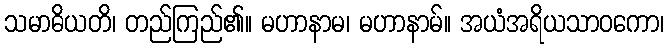
သမာဓိယတိ၊ တည်ကြည်၏။ မဟာနာမ၊ မဟာနာမ်။ အယံအရိယသာဝကော၊